Vabadussoja_Ajaloo_Komitee, lk 33
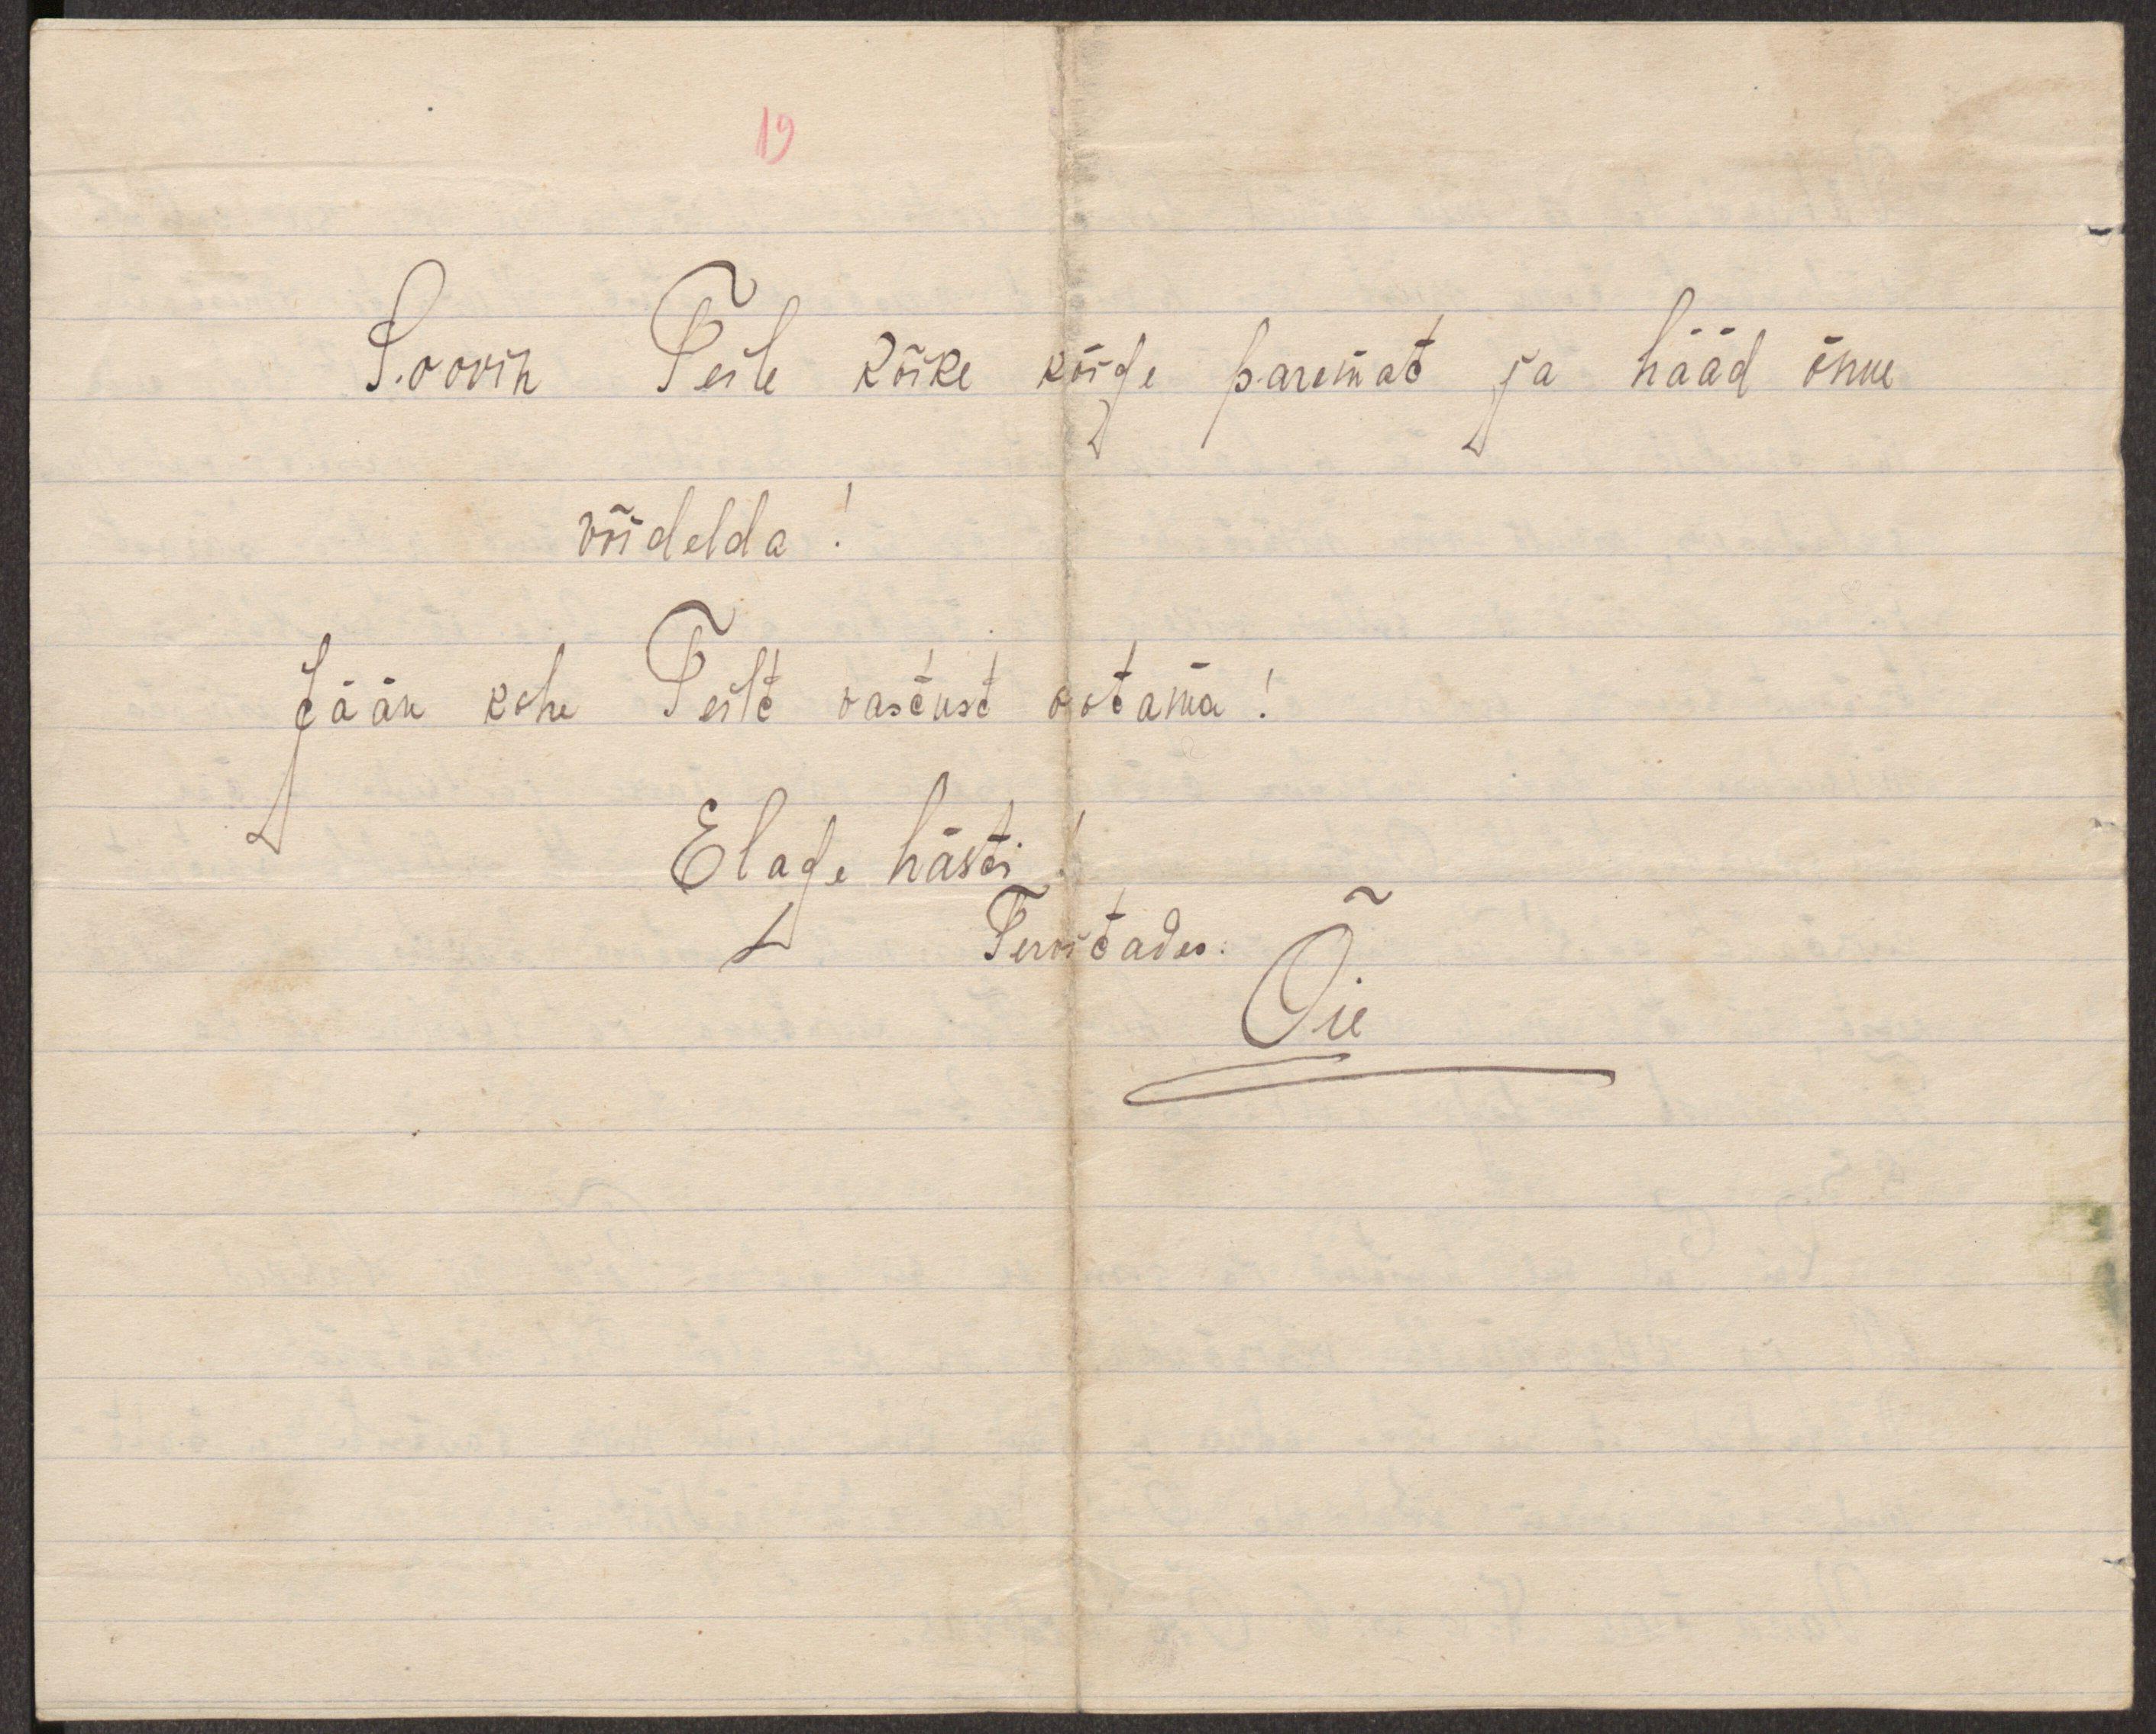
19

Soovin Teile kõike kõige paremat ja hääd õnne
võidelda!
Jään kohe Teilt vastust ootama!
Elage hästi!
Tervitades:
Õie